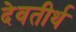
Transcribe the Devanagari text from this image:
देवतीर्थ